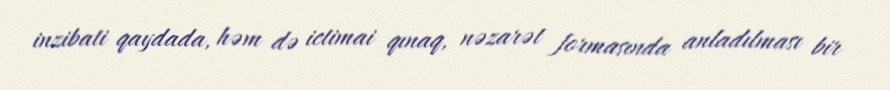
inzibati qaydada, həm də ictimai qınaq, nəzarət formasında anladılması bir